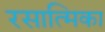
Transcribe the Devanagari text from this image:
रसात्मिका